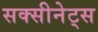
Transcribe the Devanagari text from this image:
सक्सीनेट्स